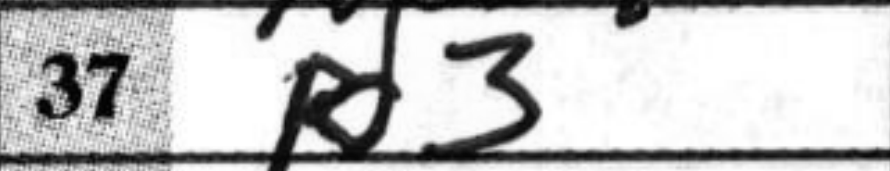
Transcription: Rd3